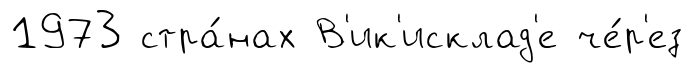
1973 стра́нах В'ик'исклад'е че́р'ез